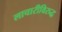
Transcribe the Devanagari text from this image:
लाचारीविरुद्ध